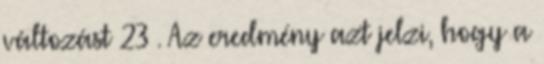
változást 23 . Az eredmény azt jelzi, hogy a